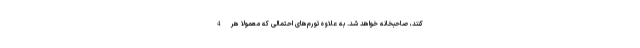
کنند، صاحبخانه خواهد شد. به علاوه تورم‌های احتمالی که معمولا هر 4